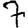
Digit: 7